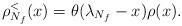
LaTeX: \begin{align*}\rho_{N_f}^<(x)=\theta (\lambda_{N_f}-x)\rho(x).\end{align*}